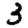
Digit: 3